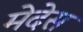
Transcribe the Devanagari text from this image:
मेदेस